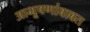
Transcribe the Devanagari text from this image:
आभूषणांबाबत